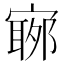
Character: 𡪬